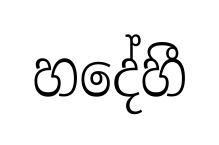
හදේහී